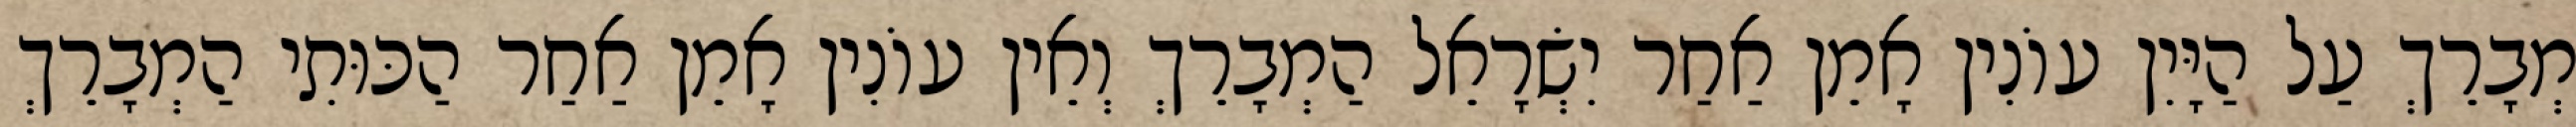
מְבָרֵךְ עַל הַיָּיִן עוֹנִין אָמֵן אַחַר יִשְׂרָאֵל הַמְבָרֵךְ וְאֵין עוֹנִין אָמֵן אַחַר הַכּוּתִי הַמְבָרֵךְ